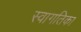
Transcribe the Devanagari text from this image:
स्वागतिका